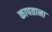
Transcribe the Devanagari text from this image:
कापताना